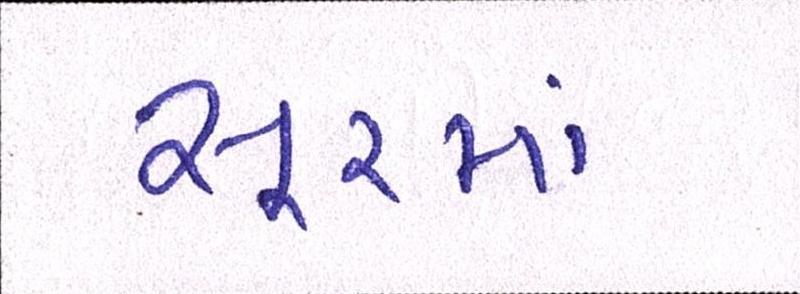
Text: સૂરમાં